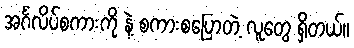
အင်္ဂလိပ်စကားကို နဲ့ စကားစပြောတဲ့ လူတွေ ရှိတယ်။